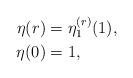
LaTeX: \begin{align*}\eta(r) &= \eta_1^{(r)}(1), \\\eta(0) &= 1,\end{align*}